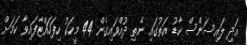
އަދި ލައިސަންސް ކާޑު އަތުގައި ނެތި ދުއްވައިގެން 44 މީހަކު ހިފަހައްޓާފައިވާ ކަމަށް